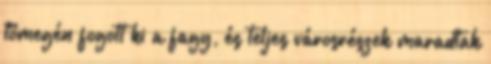
tömegén fogott ki a fagy, és teljes városrészek maradtak